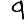
Digit: 9